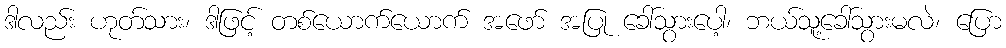
ဒါလည်း ဟုတ်သား၊ ဒါဖြင့် တစ်ယောက်ယောက် အဖော် အပြု ခေါ်သွားပေါ့၊ ဘယ်သူ့ခေါ်သွားမလဲ၊ ပြော